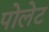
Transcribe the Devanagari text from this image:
पोलेट